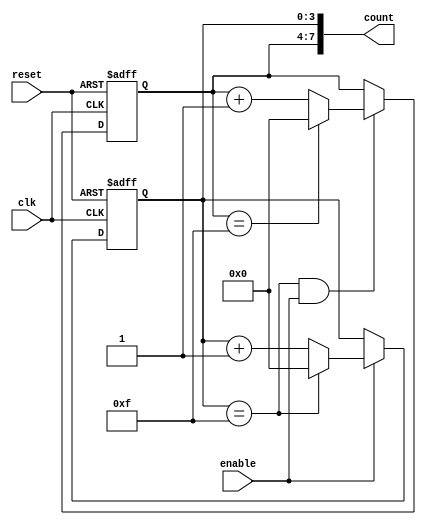
module cascaded_counter (
    input wire clk,            // Clock signal
    input wire reset,          // Reset signal
    input wire enable,         // Enable signal
    output wire [7:0] count    // 8-bit output for the final count
);

    // Internal signals for carry from LSB to MSB
    wire carry;

    // 4-bit counter stage 1 (LSB)
    reg [3:0] counter1;
    always @(posedge clk or posedge reset) begin
        if (reset) begin
            counter1 <= 4'b0000; // Reset counter1
        end else if (enable) begin
            if (counter1 == 4'b1111) begin
                counter1 <= 4'b0000; // Reset counter1 on overflow
            end else begin
                counter1 <= counter1 + 1; // Increment counter1
            end
        end
    end

    // 4-bit counter stage 2 (MSB)
    reg [3:0] counter2;
    always @(posedge clk or posedge reset) begin
        if (reset) begin
            counter2 <= 4'b0000; // Reset counter2
        end else if (carry) begin
            if (counter2 == 4'b1111) begin
                counter2 <= 4'b0000; // Reset counter2 on overflow
            end else begin
                counter2 <= counter2 + 1; // Increment counter2
            end
        end
    end

    // Carry logic: generate carry when counter1 overflows
    assign carry = (counter1 == 4'b1111) && enable;

    // Concatenate the counters to form the final output
    assign count = {counter2, counter1}; // 8-bit output

endmodule